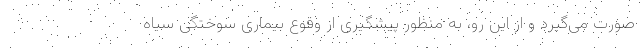
صورت می‌گیرد و از این رو، به منظور پیشگیری از وقوع بیماری سوختگی سیاه